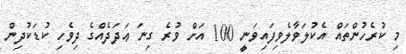
މި ކުރެހުންތައް އެކުލަވާލެވިފައިވަނީ 100 އަށް ވުރެ ގިނަ ޢަދަދެއްގެ ދިވެހި ކުޑަކުދިން